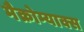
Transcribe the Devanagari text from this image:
मैक्रोम्याक्स